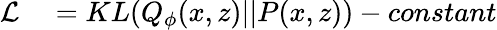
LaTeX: \begin{array}{rl}{\mathcal{L}}&{{}=KL(Q_{\phi}(x,z)||P(x,z))-constant}\end{array}